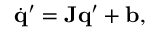
\dot { \mathbf { q } } ^ { \prime } = \mathbf { J } \mathbf { q } ^ { \prime } + \mathbf { b } ,